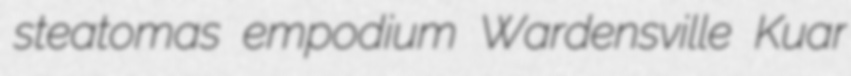
steatomas empodium Wardensville Kuar